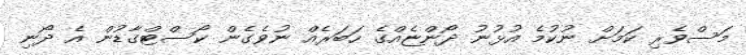
މަސްވެރި ކަމަށް ނުކުމެ އުޅުނު ދޯންޏެއްގެ ހަބަރެއް ނުވެގެން ކޯސްޓްގާޑުން އެ ދޯނި